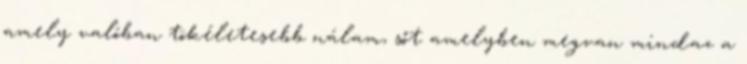
amely valóban tökéletesebb nálam, sőt amelyben megvan mindaz a